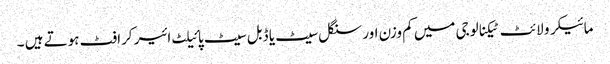
مائیکرو لائٹ ٹیکنالوجی میں کم وزن اور سنگل سیٹ یا ڈبل سیٹ پائیلٹ ائیر کرافٹ ہوتے ہیں ۔